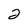
Character: 2